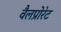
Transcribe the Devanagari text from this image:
वैलप्रोरेट